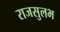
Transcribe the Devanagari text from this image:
राजसुलभ